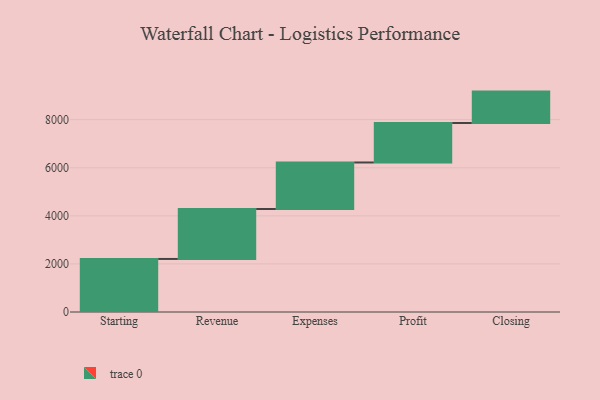
{"axis": {"x": "Step", "y": "Value"}, "legend": [""], "data": [{"x": "Starting", "y": 2206.0, "type": ""}, {"x": "Revenue", "y": 2078.0, "type": ""}, {"x": "Expenses", "y": 1935.0, "type": ""}, {"x": "Profit", "y": 1643.0, "type": ""}, {"x": "Closing", "y": 1305.0, "type": ""}]}